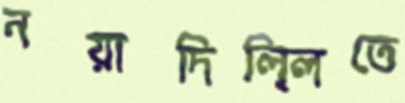
নয়াদিলি্লতে